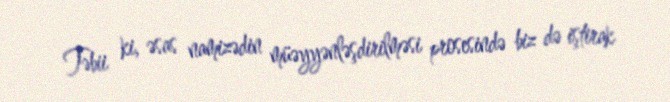
Təbii ki, əsas namizədin müəyyənləşdirilməsi prosesində biz də iştirak